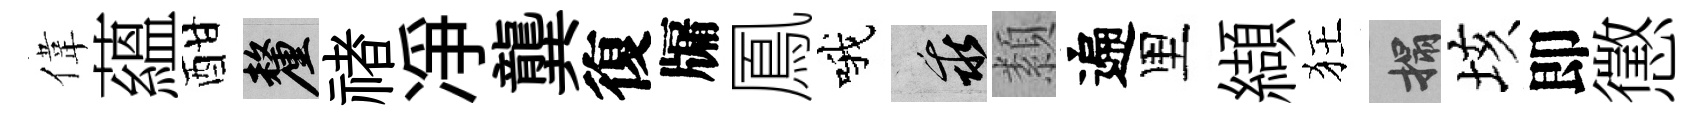
偉蘊酣厘禇凈龔復牖鳳哦乖纇遍里纈狂搨垓即懲